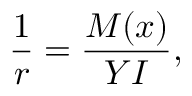
\frac { 1 } { r } = \frac { M ( x ) } { Y I } ,